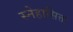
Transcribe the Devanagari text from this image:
स्नेहासिक्त